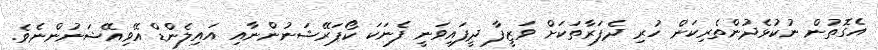
އެގޮތުން ނުކުޅެދުންތެރިކަން ހުރި ދެފަރާތަކަށް ވަޒީފާ ދީފައިވަނީ ފެނަކަ ކޯޕަރޭޝަނުންނާއި އައިލެންޑް އޭވިއޭޝަނުންނެވެ.